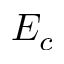
E _ { c }